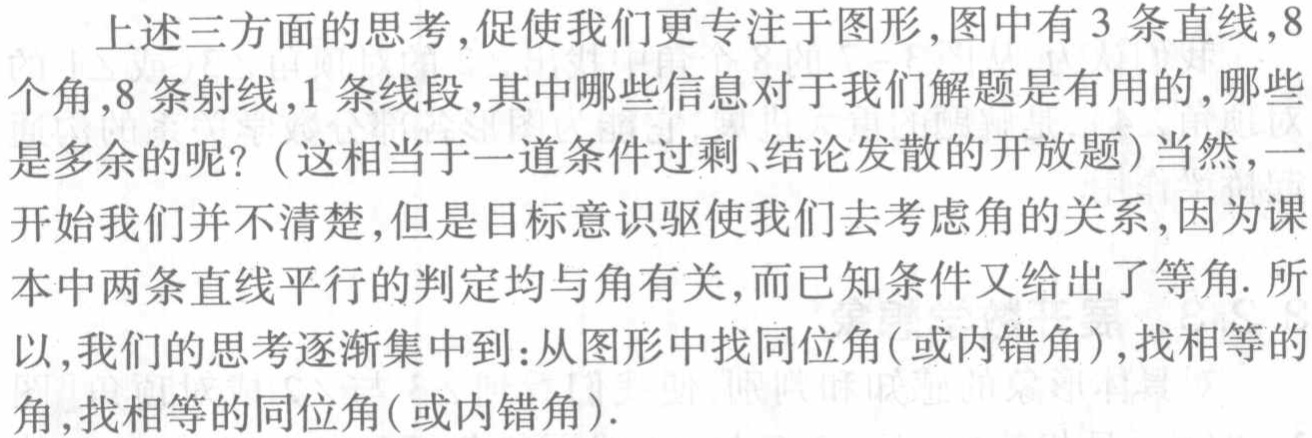
上述三方面的思考,促使我们更专注于图形,图中有 3 条直线,8 个角,8 条射线,1 条线段,其中哪些信息对于我们解题是有用的,哪些是多余的呢?（这相当于一道条件过剩、结论发散的开放题）当然,一开始我们并不清楚,但是目标意识驱使我们去考虑角的关系,因为课本中两条直线平行的判定均与角有关,而已知条件又给出了等角. 所以,我们的思考逐渐集中到:从图形中找同位角(或内错角),找相等的角,找相等的同位角(或内错角).